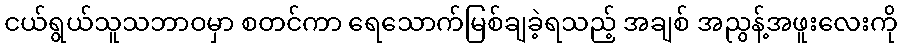
ငယ်ရွယ်သူသဘာဝမှာ စတင်ကာ ရေသောက်မြစ်ချခဲ့ရသည့် အချစ် အညွန့်အဖူးလေးကို